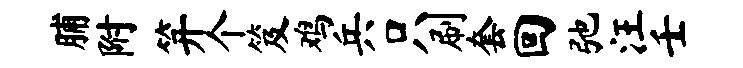
脯附笄个笈鸡兵只刷套回弛汪壬